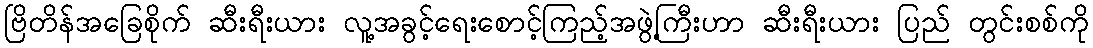
ဗြိတိန်အခြေစိုက် ဆီးရီးယား လူ့အခွင့်ရေးစောင့်ကြည့်အဖွဲ့ကြီးဟာ ဆီးရီးယား ပြည် တွင်းစစ်ကို